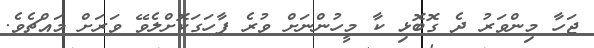
ޖަހާ މިންވަރު ދެ ގޮބޮޅި ކާ މީހުންނަށް ވުރެ ފާހަގަކޮށްލެވޭ ވަރަށް މައްޗެވެ.